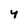
Character: 4